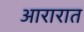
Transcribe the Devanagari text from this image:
आरारात